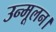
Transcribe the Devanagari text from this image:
उन्मूलन।